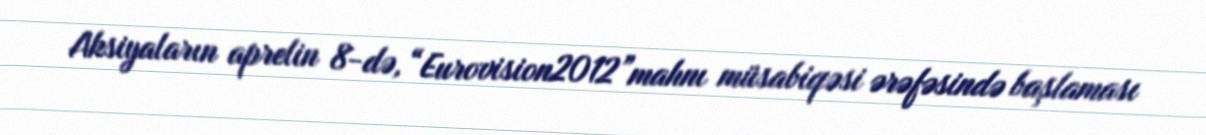
Aksiyaların aprelin 8-də, “Eurovision2012”mahnı müsabiqəsi ərəfəsində başlaması